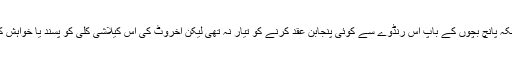
پندرہ برس پہلے جہلم کا ایک اُدھیڑ عمر مرد اُسے پانچ ہزار کے عوض لے گیا تھا کیونکہ پانچ بچوں کے باپ اس رنڈوے سے کوئی پنجابن عقد کرنے کو تیار نہ تھی لیکن اخروٹ کی اس کیلاشی کلی کو پسند یا خواہش کی کیا خبر تھی یہ خوبانی کی اصلی شراب جس پیالے میں ڈلی اُس ساخت میں ڈھل گئی۔